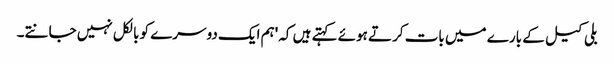
بلی کیل کے بارے میں بات کرتے ہوئے کہتے ہیں کہ 'ہم ایک دوسرے کو بالکل نہیں جانتے۔